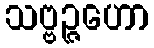
သဗ္ဗဉ္ဇဟော